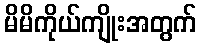
မိမိကိုယ်ကျိုးအတွက်